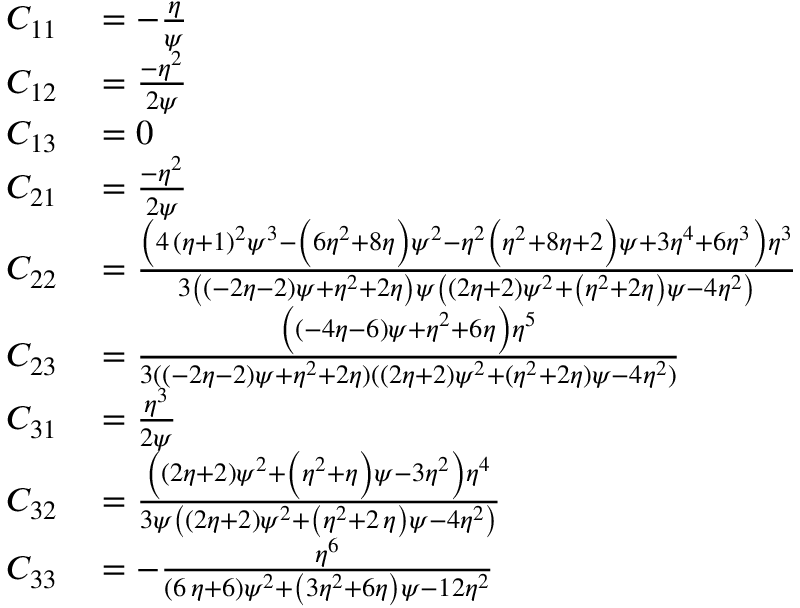
\begin{array} { r l } { C _ { 1 1 } } & { { } = - \frac { \eta } { \psi } } \\ { C _ { 1 2 } } & { { } = { \frac { - { \eta } ^ { 2 } } { 2 \psi } } } \\ { C _ { 1 3 } } & { { } = 0 } \\ { C _ { 2 1 } } & { { } = { \frac { - { \eta } ^ { 2 } } { 2 \psi } } } \\ { C _ { 2 2 } } & { { } = \frac { \left( 4 \, \left( \eta + 1 \right) ^ { 2 } \psi ^ { 3 } - \left( 6 \eta ^ { 2 } + 8 \eta \right) \psi ^ { 2 } - \eta ^ { 2 } \left( \eta ^ { 2 } + 8 \eta + 2 \right) \psi + 3 \eta ^ { 4 } + 6 \eta ^ { 3 } \right) { \eta } ^ { 3 } } { 3 \left( \left( - 2 \eta - 2 \right) \psi + { \eta } ^ { 2 } + 2 \eta \right) \psi \left( \left( 2 \eta + 2 \right) \psi ^ { 2 } + \left( { \eta } ^ { 2 } + 2 \eta \right) \psi - 4 \eta ^ { 2 } \right) } } \\ { C _ { 2 3 } } & { { } = \frac { \left( \left( - 4 \eta - 6 \right) \psi + \eta ^ { 2 } + 6 \eta \right) \eta ^ { 5 } } { 3 ( ( - 2 \eta - 2 ) \psi + \eta ^ { 2 } + 2 \eta ) ( ( 2 \eta + 2 ) \psi ^ { 2 } + ( \eta ^ { 2 } + 2 \eta ) \psi - 4 \eta ^ { 2 } ) } } \\ { C _ { 3 1 } } & { { } = { \frac { { \eta } ^ { 3 } } { 2 \psi } } } \\ { C _ { 3 2 } } & { { } = { \frac { \left( \left( 2 \eta + 2 \right) \psi ^ { 2 } + \left( { \eta } ^ { 2 } + \eta \right) \psi - 3 \eta ^ { 2 } \right) { \eta } ^ { 4 } } { 3 \psi \left( \left( 2 \eta + 2 \right) \psi ^ { 2 } + \left( { \eta } ^ { 2 } + 2 \, \eta \right) \psi - 4 \eta ^ { 2 } \right) } } } \\ { C _ { 3 3 } } & { { } = - { \frac { { \eta } ^ { 6 } } { \left( 6 \, \eta + 6 \right) \psi ^ { 2 } + \left( 3 \eta ^ { 2 } + 6 \eta \right) \psi - 1 2 \eta ^ { 2 } } } } \end{array}